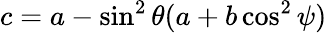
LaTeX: c=a-\sin^{2}\theta(a+b\cos^{2}\psi)